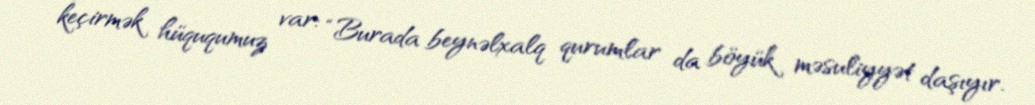
keçirmək hüququmuz var: “Burada beynəlxalq qurumlar da böyük məsuliyyət daşıyır.